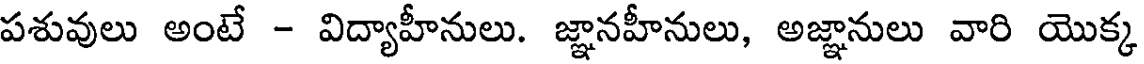
పశువులు అంటే - విద్యాహీనులు. జ్ఞానహీనులు, అజ్ఞానులు వారి యొక్క